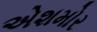
એશમોર